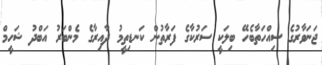
ޖަނަވާރުގެ ސިއްހަތާބެހޭ ބިލަކީ ސަރުކާގެ ފަރާތުން ކަނޑިތީމު ދާއިރާގެ މެންބަރު އަބްދު ޝަހީމް